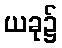
ယခု၌